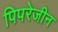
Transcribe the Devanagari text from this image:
पिपरेजीन